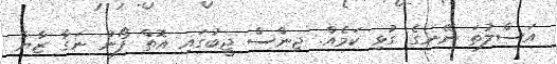
އަސްލުތަ ނޭނގެ ގުޅި ކަމެއް. ޖިންސް ޖީބުގައި އޮތް ފޯނު ނަގާ ޒާޔާ